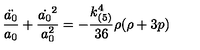
\frac { \ddot { a _ { 0 } } } { a _ { 0 } } + \frac { \dot { a _ { 0 } } ^ { 2 } } { a _ { 0 } ^ { 2 } } = - \frac { k _ { ( 5 ) } ^ { 4 } } { 3 6 } \rho ( \rho + 3 p )